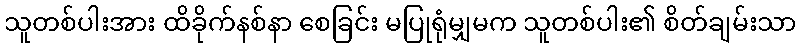
သူတစ်ပါးအား ထိခိုက်နစ်နာ စေခြင်း မပြုရုံမျှမက သူတစ်ပါး၏ စိတ်ချမ်းသာ